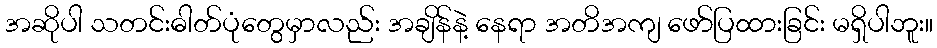
အဆိုပါ သတင်းဓါတ်ပုံတွေမှာလည်း အချိန်နဲ့ နေရာ အတိအကျ ဖော်ပြထားခြင်း မရှိပါဘူး။